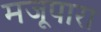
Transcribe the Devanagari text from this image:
मजूपारा